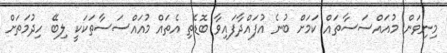
މިނިވަން މުއައްސަސާތައް ކަމަށް ބުނެ އުފައްދާފައިވާ ބޮޑެތި އެތައް މުއައްސަސާތަކަކީ ލިބޭ ހިދުމަތަށް